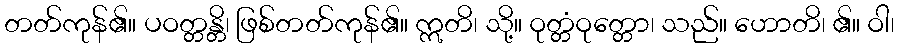
တတ်ကုန်၏။ ပဝတ္တန္တိ၊ ဖြစ်တတ်ကုန်၏။ ဣတိ၊ သို့။ ဝုတ္တံဝုတ္တော၊ သည်။ ဟောတိ၊ ၏။ ဝါ၊